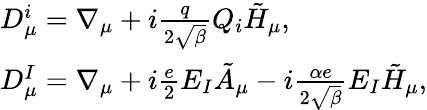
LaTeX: \begin{array}{ll}{{D_{\mu}^{i}=\nabla_{\mu}+i\frac{q}{2\sqrt{\beta}}Q_{i}\tilde{H}_{\mu},}}\\ {{D_{\mu}^{I}=\nabla_{\mu}+i\frac{e}{2}E_{I}\tilde{A}_{\mu}-i\frac{\alpha e}{2\sqrt{\beta}}E_{I}\tilde{H}_{\mu},}}\end{array}